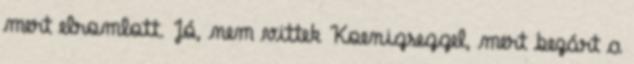
mert elromlott. Jó, nem vittek Koenigseggel, mert bezárt a